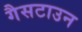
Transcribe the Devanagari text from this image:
गैसटाउन